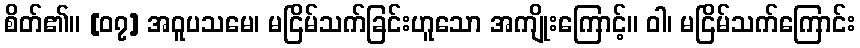
စိတ်၏။ [၀၇] အဝူပသမေ၊ မငြိမ်သက်ခြင်းဟူသော အကျိုးကြောင့်။ ဝါ၊ မငြိမ်သက်ကြောင်း